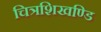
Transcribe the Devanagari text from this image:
चित्रशिखण्डि